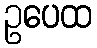
ဥပေထ